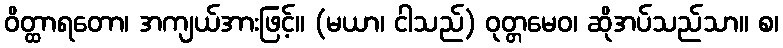
ဝိတ္ထာရတော၊ အကျယ်အားဖြင့်။ (မယာ၊ ငါသည်) ဝုတ္တမေဝ၊ ဆိုအပ်သည်သာ။ စ၊